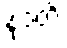
နုဒတိ